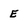
Character: E